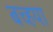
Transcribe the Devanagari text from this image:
बच्हया